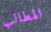
المطالب